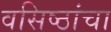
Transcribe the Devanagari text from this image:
वसिष्ठांचा